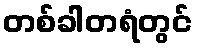
တစ်ခါတရံတွင်